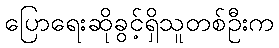
ပြောရေးဆိုခွင့်ရှိသူတစ်ဦးက